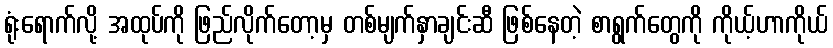
ရုံးရောက်လို့ အထုပ်ကို ဖြည်လိုက်တော့မှ တစ်မျက်နှာချင်းဆီ ဖြစ်နေတဲ့ စာရွက်တွေကို ကိုယ့်ဟာကိုယ်